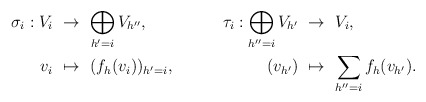
\begin{align*}\sigma_i : V_i & \,\,\to\,\, \bigoplus_{h'=i} V_{h''}, & {} \!\!\!\!\!\!\tau_i: \bigoplus_{h''=i}V_{h'} & \,\,\to\,\, V_i , \\v_i & \,\,\mapsto\,\, (f_h(v_i))_{h'=i}, & {} (v_{h'}) & \,\,\mapsto\,\, \sum_{h''=i} f_h(v_{h'}). \end{align*}